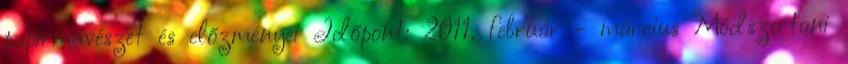
papírművészet és előzményei Időpont: 2011. február - március Módszertani